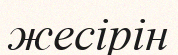
жесірін